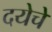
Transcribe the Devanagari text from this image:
दयेचे